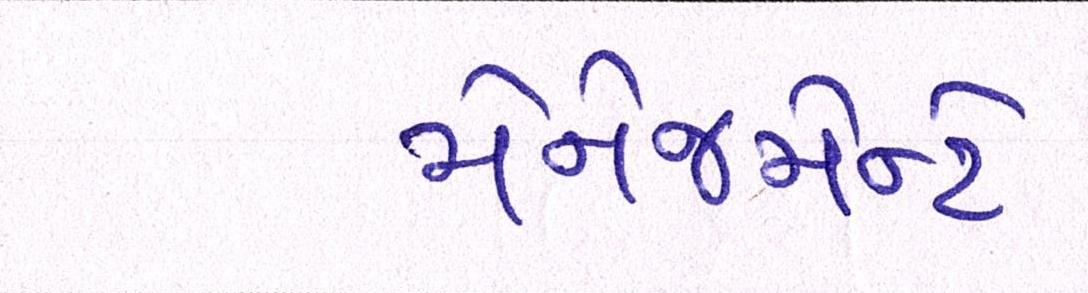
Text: મેનેજમેન્ટે